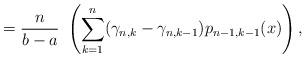
LaTeX: \begin{align*}= \frac{n}{b - a} \ \left( \sum_{k=1}^{n} (\gamma _{n,k} - \gamma _{n,k - 1}) p_{n-1,k -1} (x) \right), \end{align*}